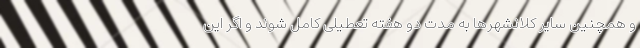
و همچنین سایر کلانشهرها به مدت دو هفته تعطیلی کامل شوند و اگر این